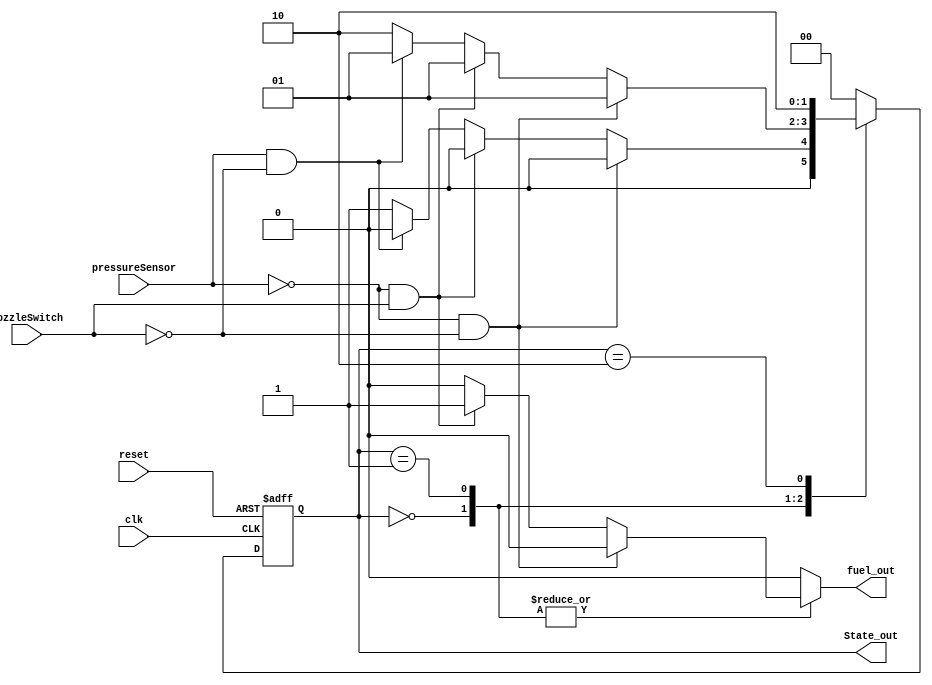

module gasPumpContronller_Mealy (
  input clk,
  input reset,
  input nozzleSwitch, pressureSensor,
  output reg fuel_out,
  output [1:0] State_out
  );

  // State Variable Declaration
  reg [1:0] present_state = 2'b00;
  reg [1:0] next_state = 2'b00;

  // Binary assignment
  parameter[1:0]
    State_0 = 2'b00,
    State_1 = 2'b01,
    State_2 = 2'b10;

// Output present state binary
assign State_out = present_state;

// Register generation (D flip flops)
always @(posedge clk or posedge reset)
  begin : register_generation
    if (reset)
    present_state <= State_0;
    else
    present_state <= next_state;
  end

// Next State Logic
always @(present_state or nozzleSwitch or pressureSensor)
  begin : next_state_logic
    // Default state assignment; use don't cares
    next_state <= 2'bx;
    // Default output assignment
    fuel_out <= 0;

    case (present_state)
      State_0:
        begin
          // List all input conditions
          if (!pressureSensor & !nozzleSwitch) begin
            next_state <= State_0;
            fuel_out <= 0;
            end
          else if (!pressureSensor & nozzleSwitch) begin
            next_state <= State_0;
            fuel_out <= 1;
            end
          else if (pressureSensor & !nozzleSwitch) begin
            next_state <= State_0;
            fuel_out <= 0;
            end
          else begin
            next_state <= State_1;
            fuel_out <= 0;
            end
        end
      State_1:
        begin
          // List all input conditions
          if (!pressureSensor & !nozzleSwitch) begin
            next_state <= State_1;
            fuel_out <= 0;
            end
          else if (!pressureSensor & nozzleSwitch) begin
            next_state <= State_1;
            fuel_out <= 1;
            end
          else if (pressureSensor & !nozzleSwitch) begin
            next_state <= State_1;
            fuel_out <= 0;
            end
          else begin
            next_state <= State_2;
            fuel_out <= 0;
            end
        end
      State_2:
        begin
          // List all input conditions
          if (!pressureSensor & !nozzleSwitch) begin
            next_state <= State_2;
            fuel_out <= 0;
            end
          else if (!pressureSensor & nozzleSwitch) begin
            next_state <= State_2;
            fuel_out <= 0;
            end
          else if (pressureSensor & !nozzleSwitch) begin
            next_state <= State_2;
            fuel_out <= 0;
            end
          else begin
            next_state <= State_2;
            fuel_out <= 0;
            end
        end

      default:
        next_state <= State_0; // necessary to prevent warnings about uncovered states
    endcase

  end

endmodule